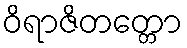
ဝိရာဇိတတ္တော